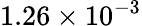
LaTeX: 1.26\times 10^{-3}